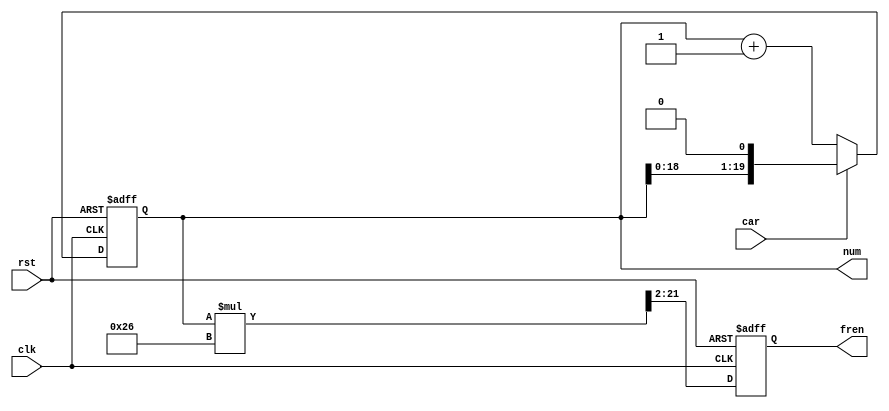
/******************************************************************************************
Author:  
E-mail 1390000666@qq.com
Device:  DSE-EP2C5
Tool:    Quartus 9.0
Function:(M)
Version: 2022-3-17 v1.0
********************************************************************************************/
module count(clk,rst,num,car,fren);
input clk,rst,car;
output reg [19:0] num;
output reg [19:0] fren;

always @(posedge clk or negedge rst) begin
	//
    if(!rst) 
        num <= 0;
    else 
		if(!car)
			num <= num + 1; //M+1
		else 
			num <= {num[18:0],1'b0}; //M*2
end

always @(negedge clk or negedge rst) begin
	if(!rst)
		fren <= 0;
	else
		//
		fren[19:0] <= (num * (10000000 >> 18) >>2);
end

endmodule